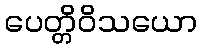
ပေတ္တိဝိသယော